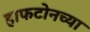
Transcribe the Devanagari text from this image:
हाफटोनच्या